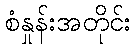
စံနှုန်းအတိုင်း